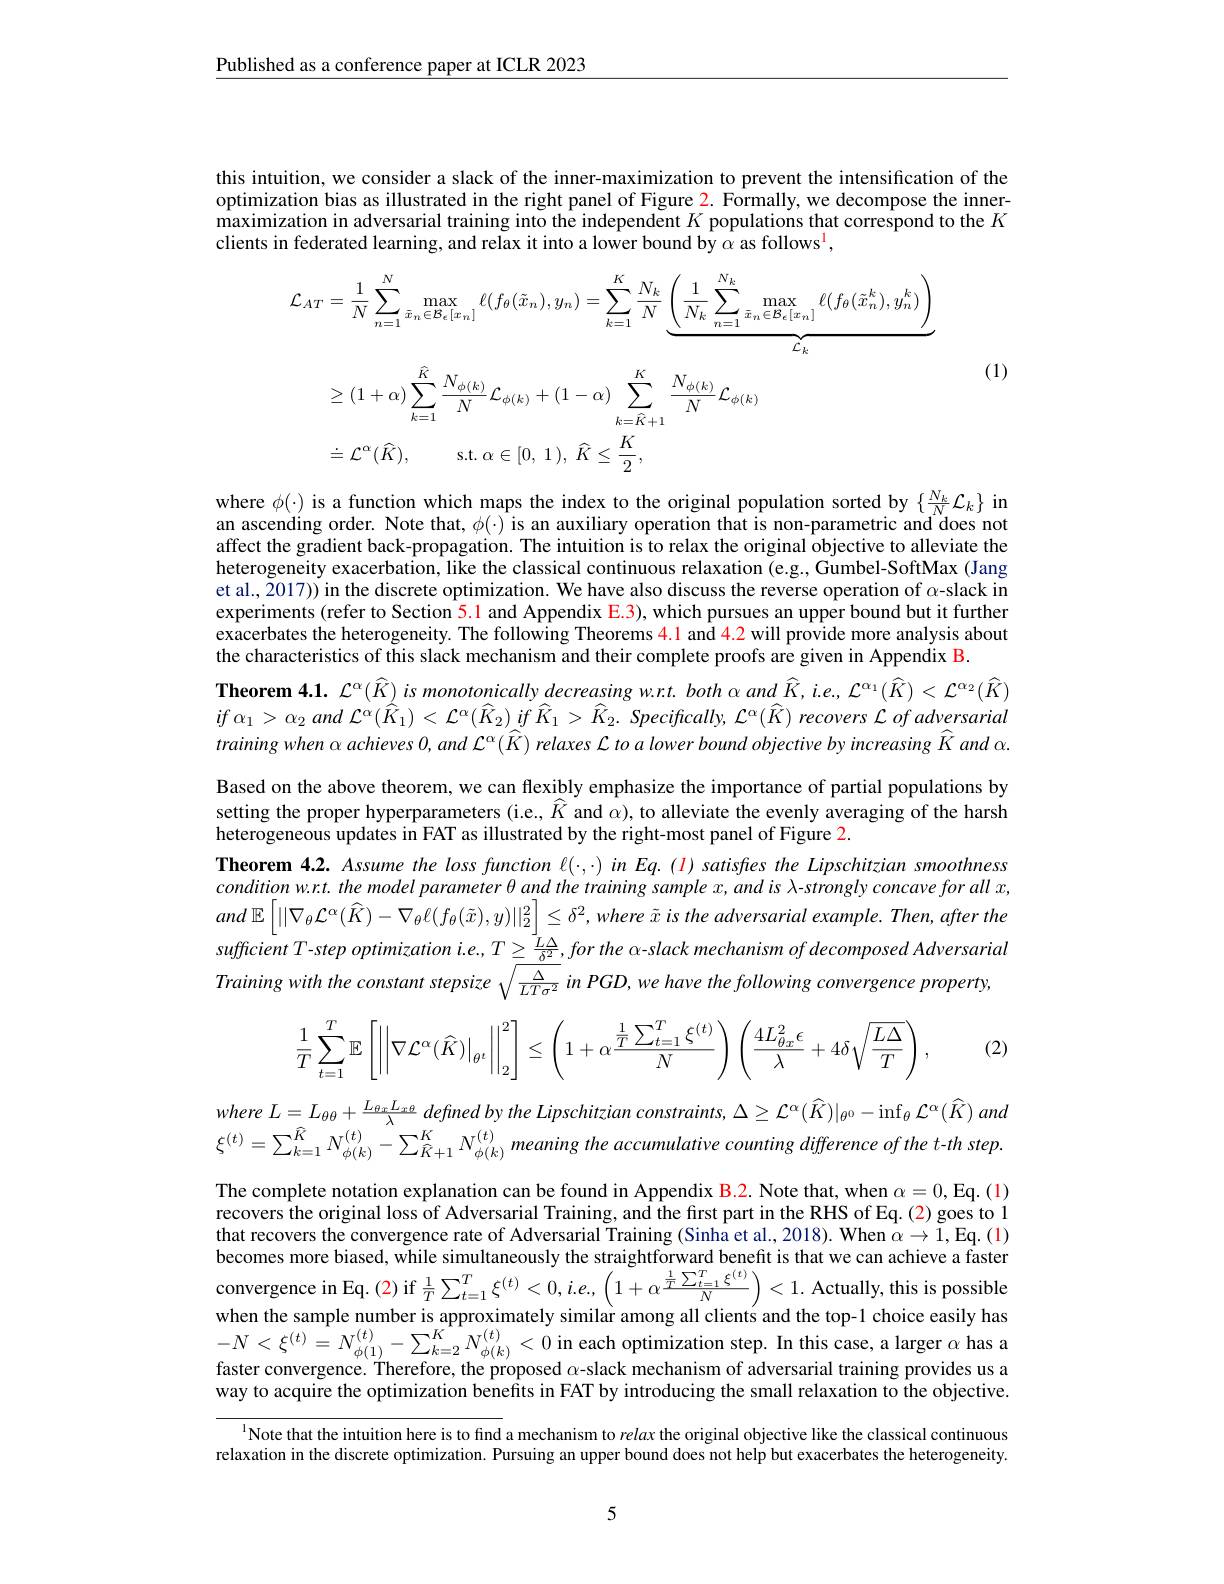
Published as a conference paper at ICLR 2023

this intuition, we consider a slack of the inner-maximization to prevent the intensification of the optimization bias as illustrated in the right panel of Figure $\color{red}{2.\text{Formally,wedecomposetheinner-}}$ maximization in adversarial training into the independent $K$ populations that correspond to the $K$ clients in federated learning, and relax it into a lower bound by $\alpha$ as follows$^{\mathrm{l}}$,
$$\begin{aligned}\mathcal{L}_{AT}&=\frac{1}{N}\sum_{n=1}^{N}\max_{\tilde{x}_{n}\in\mathcal{B}_{\epsilon}[x_{n}]}\ell(f_{\theta}(\tilde{x}_{n}),y_{n})=\sum_{k=1}^{K}\frac{N_{k}}{N}\underbrace{\left(\frac{1}{N_{k}}\sum_{n=1}^{N_{k}}\max_{\tilde{x}_{n}\in\mathcal{B}_{\epsilon}[x_{n}]}\ell(f_{\theta}(\tilde{x}_{n}^{k}),y_{n}^{k})\right)}_{\tilde{\mathcal{L}}_{k}}\\&\geq(1+\alpha)\sum_{k=1}^{\widehat{K}}\frac{N_{\phi(k)}}{N}\mathcal{L}_{\phi(k)}+(1-\alpha)\sum_{k=\widehat{K}+1}^{K}\frac{N_{\phi(k)}}{N}\mathcal{L}_{\phi(k)}\\&\doteq\mathcal{L}^{\alpha}(\widehat{K}),\quad\mathrm{s.t.}\:\alpha\in[0,\:1),\:\widehat{K}\leq\frac{K}{2},\end{aligned}$$
(1)

where $\phi(\cdot)$ is a function which maps the index to the original population sorted by $\{\frac{N_k}N\mathcal{L}_k\}$ in an ascending order. Note that, $\phi(\cdot)$ is an auxiliary operation that is non-parametric and does not affect the gradient back-propagation. The intuition is to relax the original objective to alleviate the heterogeneity exacerbation, like the classical continuous relaxation $\tilde{(}$e.g., Gumbel-SoftMax (Jang et al., 2017)) in the discrete optimization. We have also discuss the reverse operation of $\alpha$-slack in experiments (refer to Section 5.1 and Appendix E.3), which pursues an upper bound but it further exacerbates the heterogeneity. The following Theorems $\color{red}{4.1\mathrm{~and~4.2~will~provide~more~analysis~about}}$ the characteristics of this slack mechanism and their complete proofs are given in Appendix B.
Theorem 4.1. $\mathcal{L}^\alpha(\widehat{K})$ is monotonically decreasing w.r.t. both $\alpha$ and $\widehat{K}$, i.e., $\mathcal{L}^\alpha_1(\widehat{K})<\mathcal{L}^{\alpha_2}(\widehat{K})$ $if$ $\alpha _{1}>$ $\alpha _{2}$ and $\mathcal{L} ^{\alpha }( \overset {\rightharpoonup }{\operatorname* { K} }_{1}) < \mathcal{L} ^{\alpha }( \overset {\partial }{\operatorname* { K} }_{2})$ $if$ $\hat{K} _{1}> \overset {\partial }{\operatorname* { K} }_{2}.$ $Specifacally$, $\mathcal{L} ^{\alpha }( \widehat{K} )$ recovers $\mathcal{L}$ $of$ adversarial training when $\alpha$ achieves $0,and\mathcal{L}^{\alpha}(\hat{K})$ relaxes $\mathcal{L}$ to a lower bound objective by increasing $\hat{K}$ and $\alpha.$ Based on the above theorem, we can flexibly emphasize the importance of partial populations by setting the proper hyperparameters (i.e., $\widehat{K}$ and $\hat{\alpha})$, to alleviate the evenly averaging of the harsh heterogeneous updates in FAT as illustrated by the right-most panel of Figure 2.
Theorem 4.2. Assume the loss function $\ell(\cdot,\cdot)$ in Eq. (1) satisfes the Lipschitzian smoothness $conditionw.r.t.themodelparameter\theta andthetrainingsamplex,andis\lambda$-strongly concave for all $x$, and $\mathbb{E} \left [ | | \nabla _{\theta }\mathcal{L} ^{\alpha }( \widehat{K} ) - \nabla _{\theta }\ell ( f_{\theta }( \tilde{x} ) , y) | | _{2}^{2}\right ] \leq \delta ^{2}, where$ $\tilde{x}$ $is$ the adversarial $example.$ $Then$, after the sufficient T-step optimization i.e., $T\geq\frac{\bar{L}\Delta}{\delta^{2}},for$ the α-slack mechanism of decomposed Adversarial Training with the constant stepsize $\sqrt\frac{\Delta}{LT\sigma^2}$ in PGD, we have the following convergence property,

(2)
$$\dfrac{1}{T}\sum\limits_{t=1}^{T}\mathbb{E}\left[\left|\left|\nabla\mathcal{L}^{\alpha}(\widehat{K})\right|_{\theta^{t}}\right|_{2}^{2}\right]\leq\left(1+\alpha\dfrac{\frac{1}{T}\sum\limits_{t=1}^{T}\xi^{(t)}}{N}\right)\left(\dfrac{4L_{\theta x}^{2}\epsilon}{\lambda}+4\delta\sqrt{\dfrac{L\Delta}{T}}\right),$$
where $L= L_{\theta \theta }+ \frac {L_{\theta x}L_{x\theta }}\lambda$ defined $by$ the Lipschitzian $constraints$, $\Delta \geq \mathcal{L} ^{\alpha }( \widehat{K} ) | _{\theta ^{0}}- \inf _{\theta }\mathcal{L} ^{\alpha }( \widehat{K} )$ and $\xi^{(t)}=\sum_{k=1}^{\widehat{K}}N_{\phi(k)}^{(t)}-\sum_{\widehat{K}+1}^{K}N_{\phi(k)}^{(t)}$ meaning the accumulative counting difference of the t-th step.

The complete notation explanation can be found in Appendix B.2. Note that, when $\alpha = 0$,Eq. ( 1) recovers the original loss of Adversarial Training, and the first part in the RHS of Eq.(2) goes to 1 that recovers the convergence rate of Adversarial Training (Sinha et al., 2018). When $\alpha\to\tilde{1}$,Eq.(1) becomes more biased, while simultaneously the straightforward benefit is that we can achieve a faster convergence in Eq. (2) if $\frac1T\sum_{t=1}^T\xi^{(t)}<0,i.e,\left(1+\alpha\frac{\frac1T\sum_{t=1}^T\xi^{(t)}}N\right)<1.$ Actually, this is possible when the sample number is approximately similar among all clients and the top-1 choice easily has $-N<\xi^{(t)}=N_{\phi(1)}^{(t)}-\sum_{k=2}^{K}N_{\phi(k)}^{(t)}<\tilde{0}$ in each optimization step. In this case, a larger $\alpha$ has a faster convergence. Therefore, the proposed $\alpha$-slack mechanism of adversarial training provides us a way to acquire the optimization benefits in FAT by introducing the small relaxation to the objective.
$^{1}$Note that the intuition here is to find a mechanism to relax the original objective like the classical continuous

relaxation in the discrete optimization. Pursuing an upper bound does not help but exacerbates the heterogeneity.

5